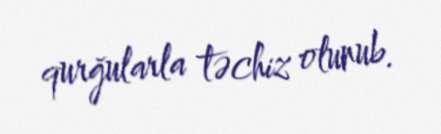
qurğularla təchiz olunub.